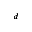
^ { d }